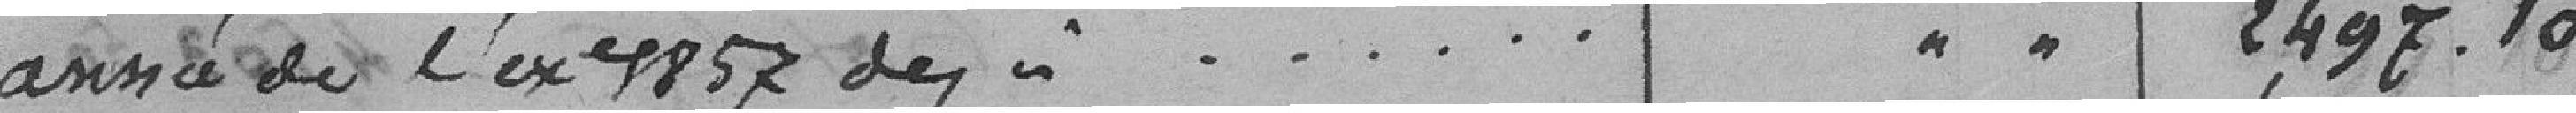
année de l'exercice 1857 de,   . . . . . . " " 2,497.10